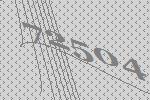
72504